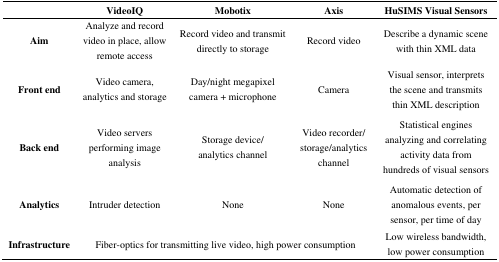
<table><thead><tr><td></td><td><b>VideoIQ</b></td><td><b>Mobotix</b></td><td><b>Axis</b></td><td><b>HuSIMS Visual Sensors</b></td></tr></thead><tbody><tr><td><b>Aim</b></td><td>Analyze and record video in place, allow remote access</td><td>Record video and transmit directly to storage</td><td>Record video</td><td>Describe a dynamic scene with thin XML data</td></tr><tr><td><b>Front end</b></td><td>Video camera, analytics and storage</td><td>Day/night megapixel camera + microphone</td><td>Camera</td><td>Visual sensor, interprets the scene and transmits thin XML description</td></tr><tr><td><b>Back end</b></td><td>Video servers performing image analysis</td><td>Storage device/ analytics channel</td><td>Video recorder/ storage/analytics channel</td><td>Statistical engines analyzing and correlating activity data from hundreds of visual sensors</td></tr><tr><td><b>Analytics</b></td><td>Intruder detection</td><td>None</td><td>None</td><td>Automatic detection of anomalous events, per sensor, per time of day</td></tr><tr><td><b>Infrastructure</b></td><td>Fiber-optics for trans</td><td>mitting live video, high powe</td><td>r consumption</td><td>Low wireless bandwidth, low power consumption</td></tr></tbody></table>